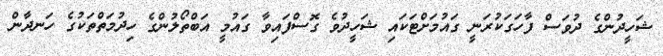
ޝަހީދުންގެ ދުވަސް ފާހަގަކުރަނީ ގައުމަށްޓަކައި ޝަހީދުވެ ގޮސްފައިވާ ގައުމީ އަބްތޯލުންގެ ހިދުމަތްތަކުގެ ހަނދާން